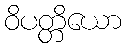
ဝိပတ္တိယော